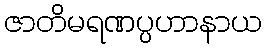
ဇာတိမရဏပ္ပဟာနာယ